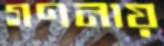
গণনায়